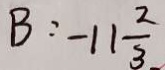
B : - 1 1 \frac { 2 } { 3 }